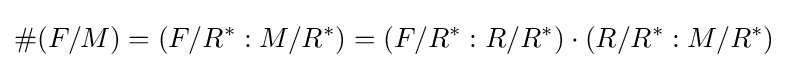
\#(F/M)=(F/R^{\ast }:M/R^{\ast })=(F/R^{\ast }:R/R^{\ast })\cdot (R/R^{\ast }:M/R^{\ast })